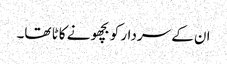
ان کے سردار کو بچھو نے کاٹا تھا۔